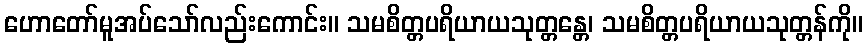
ဟောတော်မူအပ်သော်လည်းကောင်း။ သမစိတ္တပရိယာယသုတ္တန္တေ၊ သမစိတ္တပရိယာယသုတ္တန်ကို။